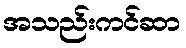
အသည်းကင်ဆာ